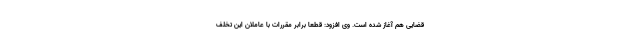
قضایی هم آغاز شده است. وی افزود: قطعا برابر مقررات با عاملان این تخلف